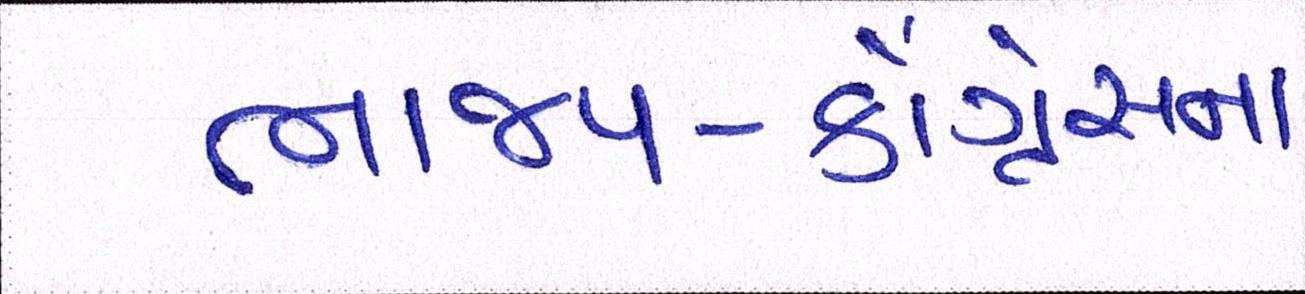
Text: ભાજપ-કોંગ્રેસના